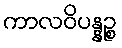
ကာလဝိပန္နဉ္စ